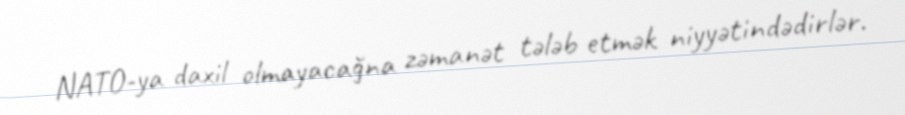
NATO-ya daxil olmayacağna zəmanət tələb etmək niyyətindədirlər.